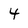
Character: 4